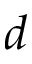
d